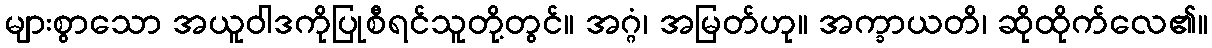
များစွာသော အယူဝါဒကိုပြုစီရင်သူတို့တွင်။ အဂ္ဂံ၊ အမြတ်ဟု။ အက္ခာယတိ၊ ဆိုထိုက်လေ၏။